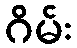
ဂိမ်း